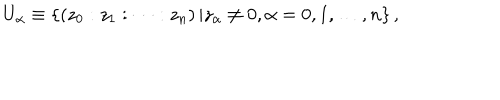
U _ { \alpha } \equiv \left\{ ( z _ { 0 } : z _ { 1 } : \dots : z _ { n } ) \left\vert z _ { \alpha } \neq 0 , \alpha = 0 , 1 , \dots , n \right\} , \right.